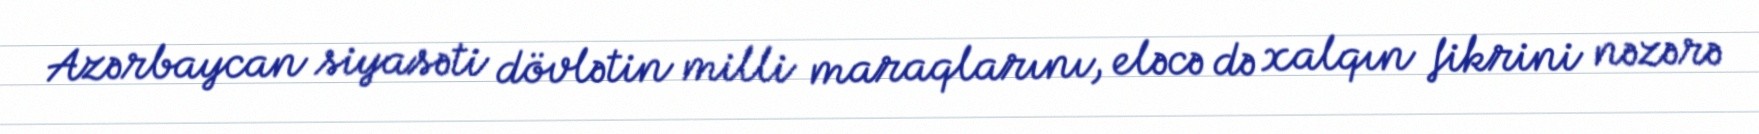
Azərbaycan siyasəti dövlətin milli maraqlarını, eləcə də xalqın fikrini nəzərə